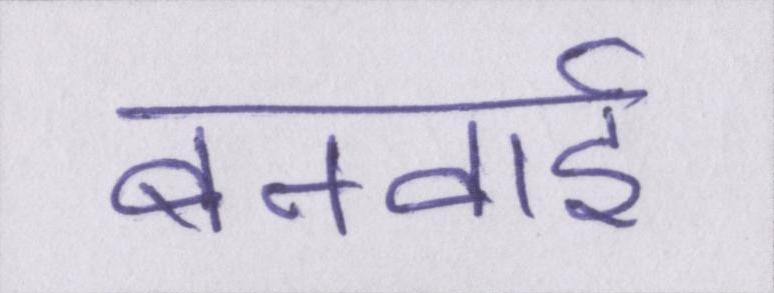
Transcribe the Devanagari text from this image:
बनवाई